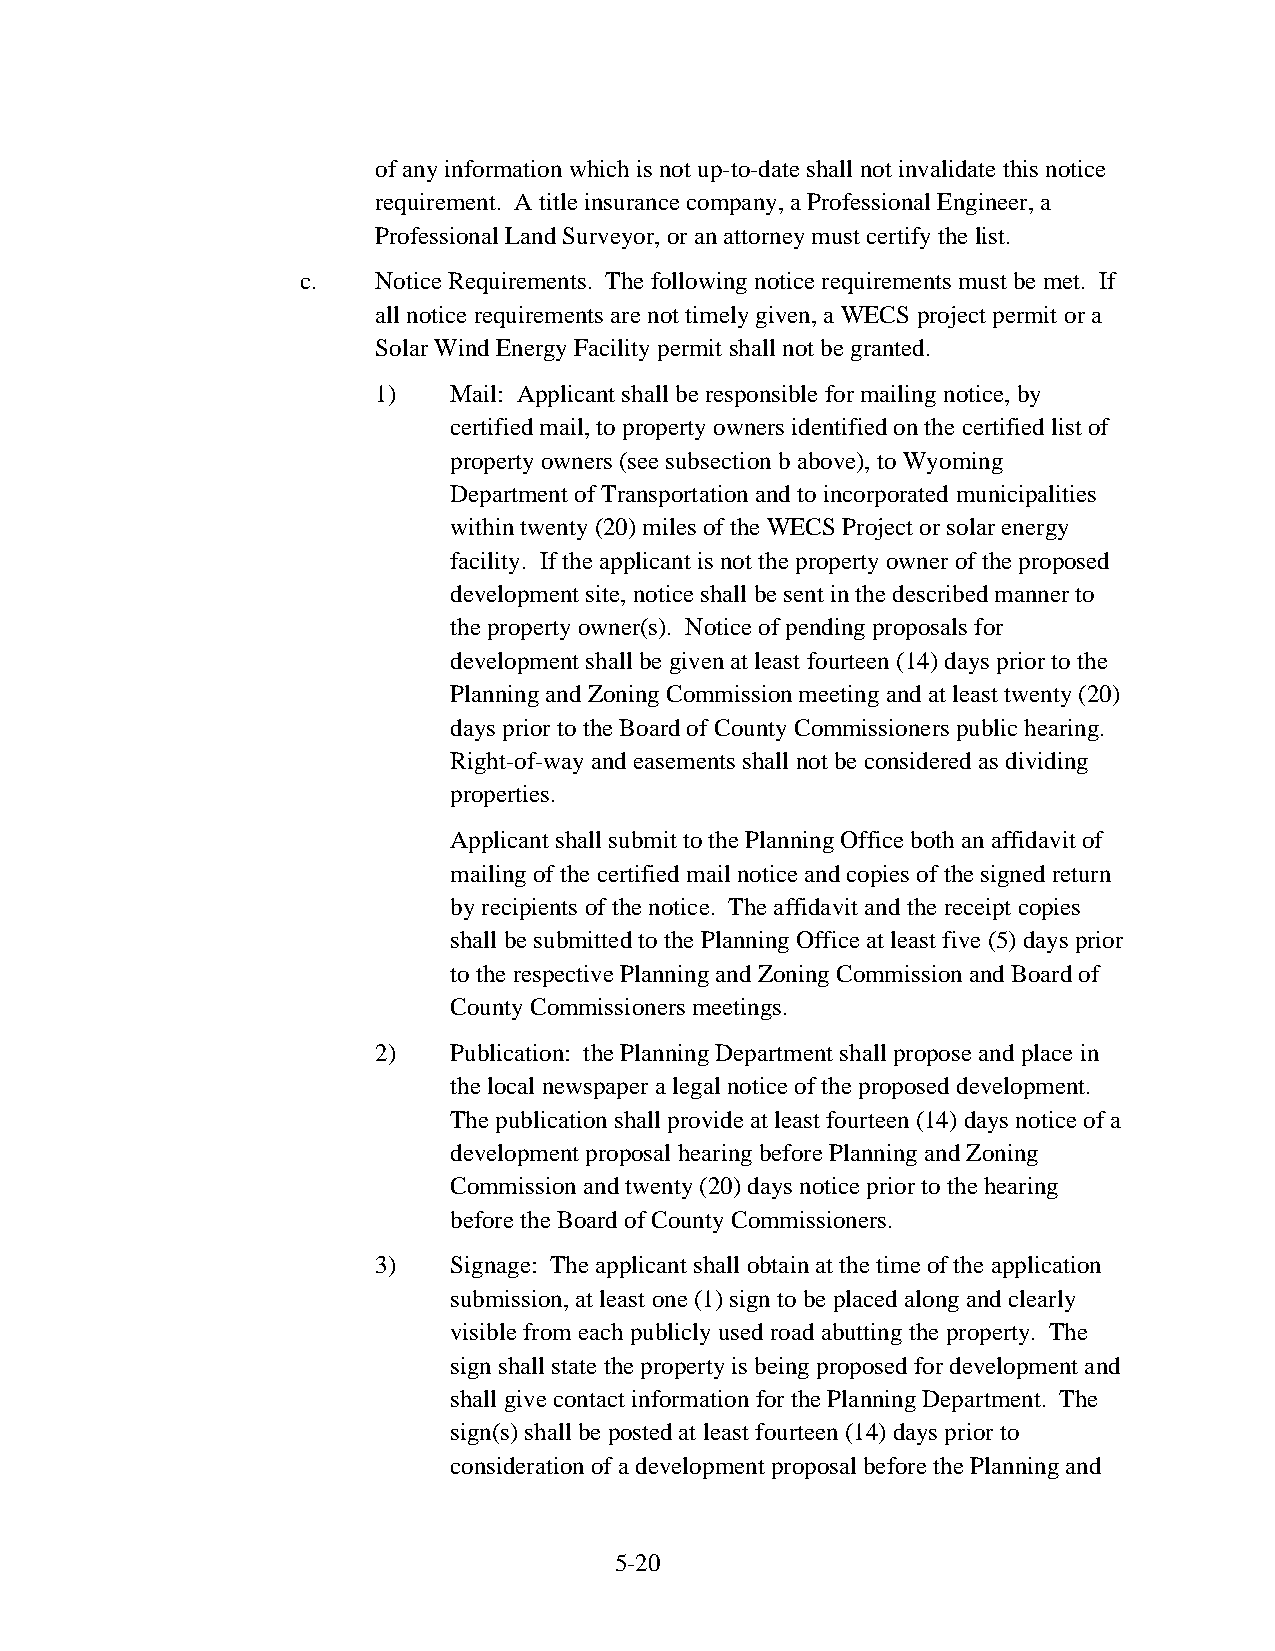
of any information which is not up-to-date shall not invalidate this notice
 requirement. A title insurance company, a Professional Engineer, a
 Professional Land Surveyor, or an attorney must certify the list.
 c.   Notice Requirements. The following notice requirements must be met. If
 all notice requirements are not timely given, a WECS project permit or a
 Solar Wind Energy Facility permit shall not be granted.
 1)   Mail: Applicant shall be responsible for mailing notice, by
 certified mail, to property owners identified on the certified list of
 property owners (see subsection b above), to Wyoming
 Department of Transportation and to incorporated municipalities
 within twenty (20) miles of the WECS Project or solar energy
 facility. If the applicant is not the property owner of the proposed
 development site, notice shall be sent in the described manner to
 the property owner(s). Notice of pending proposals for
 development shall be given at least fourteen (14) days prior to the
 Planning and Zoning Commission meeting and at least twenty (20)
 days prior to the Board of County Commissioners public hearing.
 Right-of-way and easements shall not be considered as dividing
 properties.
 Applicant shall submit to the Planning Office both an affidavit of
 mailing of the certified mail notice and copies of the signed return
 by recipients of the notice. The affidavit and the receipt copies
 shall be submitted to the Planning Office at least five (5) days prior
 to the respective Planning and Zoning Commission and Board of
 County Commissioners meetings.
 2)   Publication: the Planning Department shall propose and place in
 the local newspaper a legal notice of the proposed development.
 The publication shall provide at least fourteen (14) days notice of a
 development proposal hearing before Planning and Zoning
 Commission and twenty (20) days notice prior to the hearing
 before the Board of County Commissioners.
 3)   Signage: The applicant shall obtain at the time of the application
 submission, at least one (1) sign to be placed along and clearly
 visible from each publicly used road abutting the property. The
 sign shall state the property is being proposed for development and
 shall give contact information for the Planning Department. The
 sign(s) shall be posted at least fourteen (14) days prior to
 consideration of a development proposal before the Planning and
 5-20